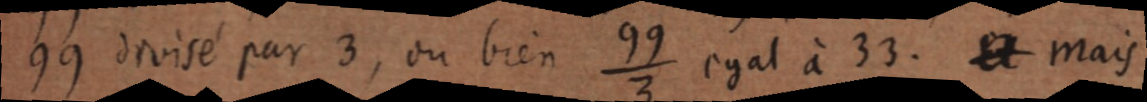
99 divisé par 3, ou bien ⁹⁹⁄₃ egal à 33. Et mais